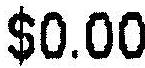
$0.00